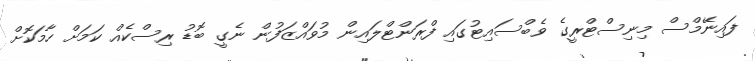
ފައިނޭމްސް މިނިސްޓްރީގެ ވެބްސައިޓުގައި ފްރަންޓްލައިން މުވައްޒަފުން ނެގީ ބޮޑު ރިސްކެއް ކަމަށް ހާމަކޮށް